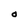
Character: O